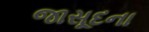
જાસૂદના